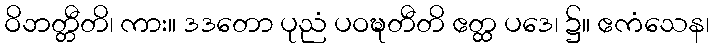
ဝိဘတ္တီတိ၊ ကား။ ဒဒတော ပုညံ ပဝဍ္ဎတီတိ ဧတ္ထ ပဒေ၊ ၌။ ဧကံသေန၊